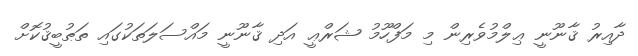
ދާއިރު ޤާނޫނީ ޢިލްމުވެރިން މި މަފްހޫމު ޝަރްޢީ އަދި ޤާނޫނީ މައްސަލަތަކުގައި ތަޠުބީޤުކޮށް